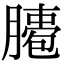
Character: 𦠖